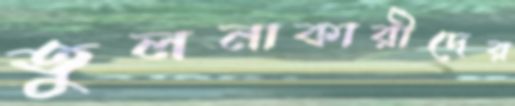
তুলনাকারীদের